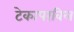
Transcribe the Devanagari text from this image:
टेकापरंविल